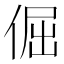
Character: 倔